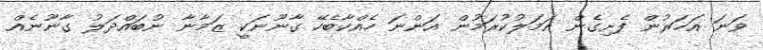
ވަނަ އަހަރުން ފެށިގެން އަމަލުކުރަމުން އަންނަ ހެއްކާބެހޭ ގާނޫނަކީ ޒަމާނާ ނުބައްދަލު ގާނޫނެއް